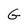
Character: G